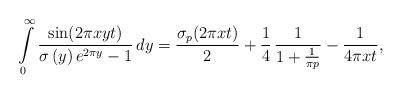
LaTeX: \begin{align*}\intop_{0}^{\infty}\frac{\sin(2\pi xyt)}{\sigma\left(y\right)e^{2\pi y}-1}\,dy=\frac{\sigma_{p}(2\pi xt)}{2}+\frac{1}{4}\,\frac{1}{1+\frac{1}{\pi p}}-\frac{1}{4\pi xt},\end{align*}